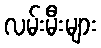
လမ်းမီးများ